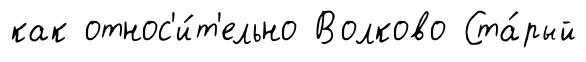
как относ'и́т'ельно Волково Ста́рый